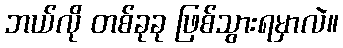
ဘယ်လို တစ်ခုခု ဖြစ်သွားရမှာလဲ။